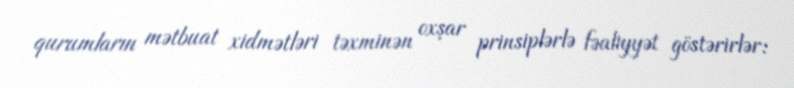
qurumların mətbuat xidmətləri təxminən oxşar prinsiplərlə fəaliyyət göstərirlər: